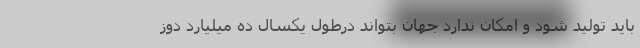
باید تولید شود و امکان ندارد جهان بتواند درطول یکسال ده میلیارد دوز